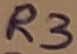
Text: R3